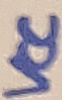
Text: VCC